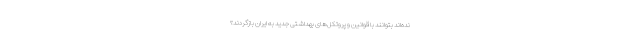
نده‌اند بتوانند با قوانین و پروتکل‌های بهداشتی جدید به ایران بازگردند؟